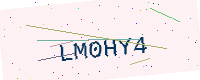
Text: LM0HY4